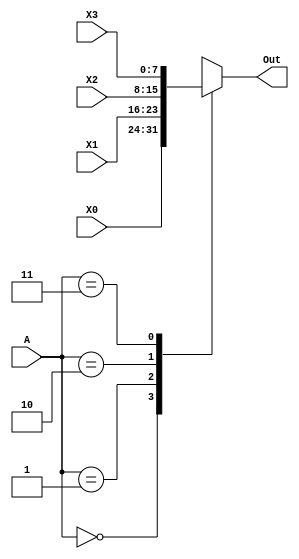
module ForwardingMux(A,X0,X1,X2,X3,Out);
input [1:0] A;
input [7:0] X3,X2,X1,X0;
output [7:0] Out;

reg [7:0] Out;

always@(A,X3,X2,X1,X0)
begin
case(A)
	2'b00:
		Out<=X0;
	2'b01:
		Out<=X1;
	2'b10:
		Out<=X2;
	2'b11:
		Out<=X3;
endcase
end
endmodule